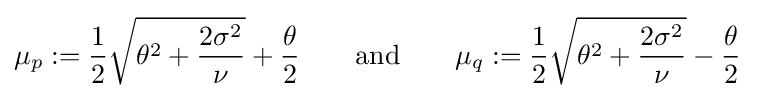
\mu _{p}:={\frac {1}{2}}{\sqrt {\theta ^{2}+{\frac {2\sigma ^{2}}{\nu }}}}+{\frac {\theta }{2}}\quad \quad {\text{and}}\quad \quad \mu _{q}:={\frac {1}{2}}{\sqrt {\theta ^{2}+{\frac {2\sigma ^{2}}{\nu }}}}-{\frac {\theta }{2}}\quad